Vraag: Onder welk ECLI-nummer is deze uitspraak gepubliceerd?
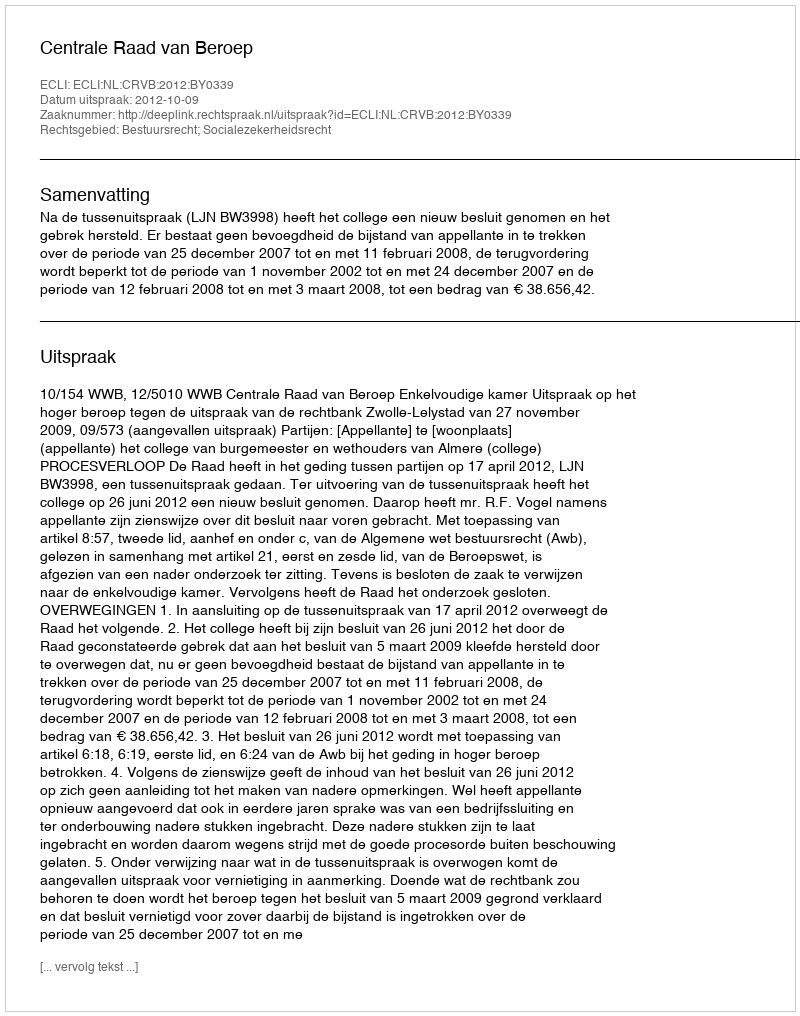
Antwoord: ECLI:NL:CRVB:2012:BY0339